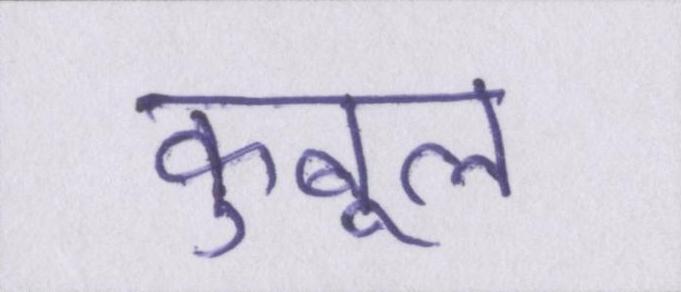
कुबूल